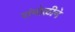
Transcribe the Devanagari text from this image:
रांंगोळीने